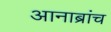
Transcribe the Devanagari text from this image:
आनाब्रांच